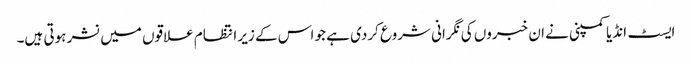
ایسٹ انڈیا کمپنی نے ان خبروں کی نگرانی شروع کردی ہے جو اس کے زیر انتظام علاقوں میں نشر ہوتی ہیں۔